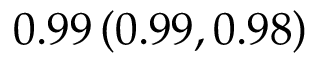
0 . 9 9 \left( 0 . 9 9 , 0 . 9 8 \right)